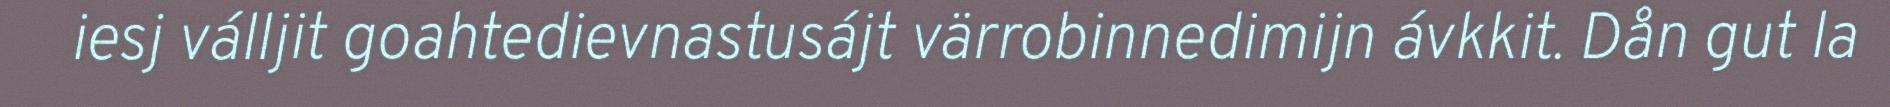
iesj válljit goahtedievnastusájt värrobinnedimijn ávkkit. Dån gut la